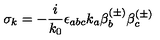
\sigma _ { k } = - \frac i { k _ { 0 } } \epsilon _ { a b c } k _ { a } \beta _ { b } ^ { ( \pm ) } \beta _ { c } ^ { ( \pm ) }